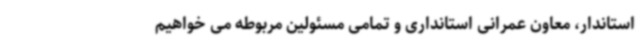
استاندار، معاون عمرانی استانداری و تمامی مسئولین مربوطه می خواهیم